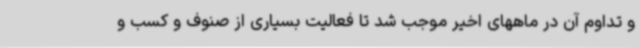
و تداوم آن در ماههای اخیر موجب شد تا فعالیت بسیاری از صنوف و کسب و